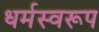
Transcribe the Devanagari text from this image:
धर्मस्वरूप